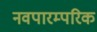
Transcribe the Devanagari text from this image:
नवपारम्परिक